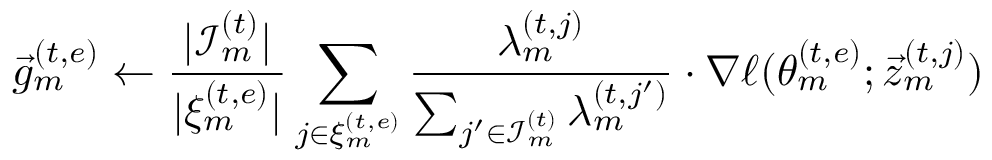
\vec { g } _ { m } ^ { ( t , e ) } \gets \frac { | \mathcal { I } _ { m } ^ { ( t ) } | } { | \xi _ { m } ^ { ( t , e ) } | } \sum _ { j \in \xi _ { m } ^ { ( t , e ) } } \frac { \lambda _ { m } ^ { ( t , j ) } } { \sum _ { j ^ { \prime } \in \mathcal { I } _ { m } ^ { ( t ) } } \lambda _ { m } ^ { ( t , j ^ { \prime } ) } } \cdot \nabla \ell ( \theta _ { m } ^ { ( t , e ) } ; \vec { z } _ { m } ^ { ( t , j ) } )